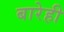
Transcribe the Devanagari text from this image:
बारेही